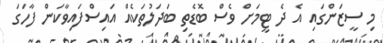
މި ސީޒަންގައި އެ ދެ ޓީމަށް ވެސް ބޮޑެތި ބަދަލުތަކެއް އައިސްފައިވާކަން ފާހަގަ